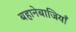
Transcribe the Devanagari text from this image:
बहानेबाजियाँ